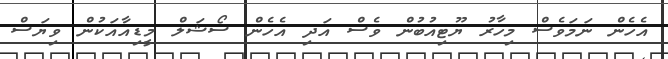
އެހެން ނަމަވެެސް މިހާރު ޔޫޓިއުބުން ވެސް އަދި އެހެން ސޯޝަލް މީޑިއާއަކުން ވިޔަސް